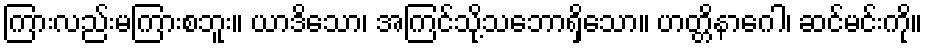
ကြားလည်းမကြားစဘူး။ ယာဒိသော၊ အကြင်သို့သဘောရှိသော။ ဟတ္တိနာဂေါ၊ ဆင်မင်းကို။